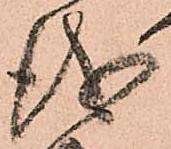
儀